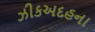
ઝીકઅદહના